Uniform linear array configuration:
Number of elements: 64
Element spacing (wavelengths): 0.5
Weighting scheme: blackman
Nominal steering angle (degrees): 15
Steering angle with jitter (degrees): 15.439
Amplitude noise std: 0.05
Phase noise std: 0.05

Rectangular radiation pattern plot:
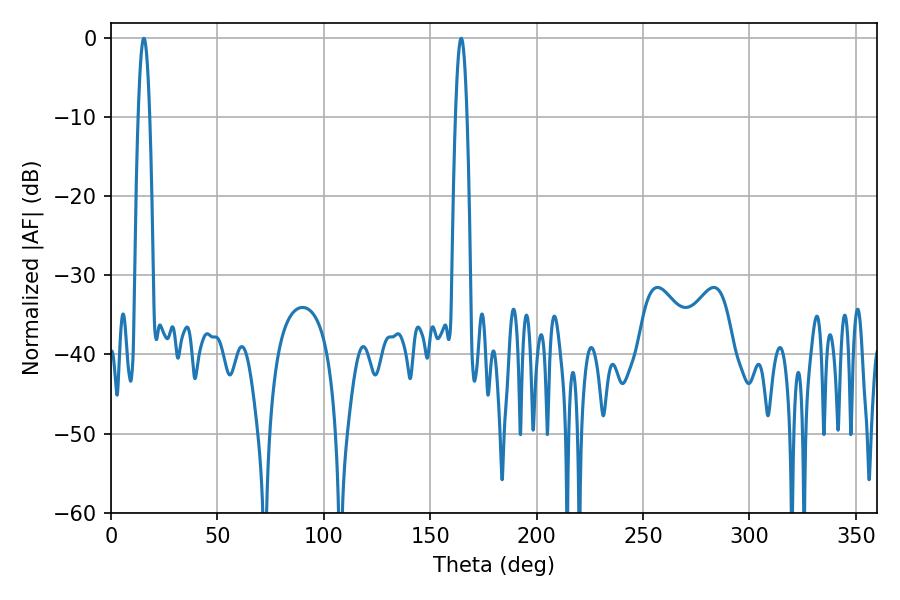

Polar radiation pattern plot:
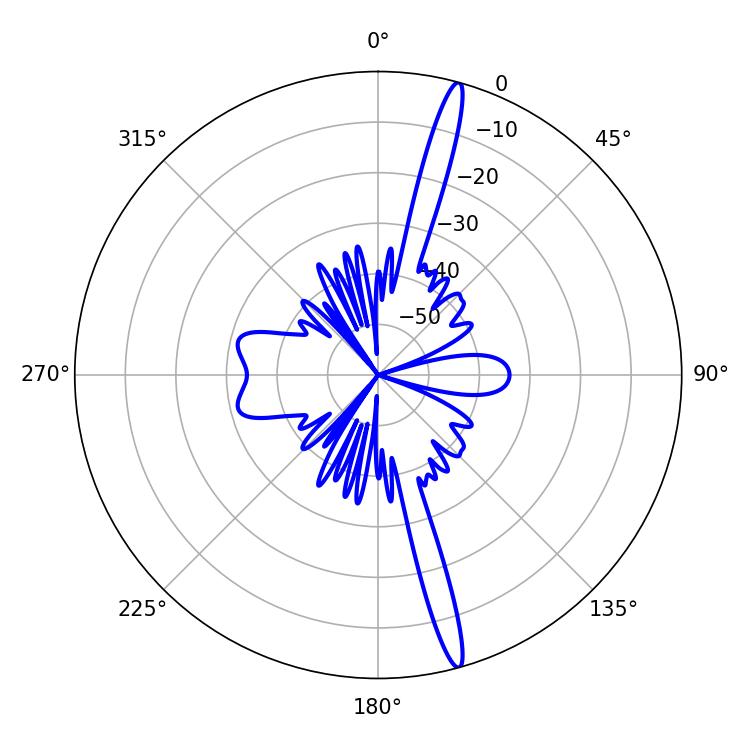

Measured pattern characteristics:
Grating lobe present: FALSE
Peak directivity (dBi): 18.238
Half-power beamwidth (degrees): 2.88
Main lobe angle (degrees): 164.52